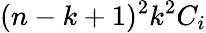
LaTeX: (n-k+1)^{2}k^{2}C_{i}